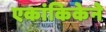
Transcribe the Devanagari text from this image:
एकांकिकेने